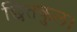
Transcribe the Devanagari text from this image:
छितकुल।